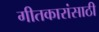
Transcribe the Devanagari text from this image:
गीतकारांसाठी